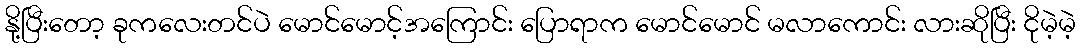
နို့ပြီးတော့ ခုကလေးတင်ပဲ မောင်မောင့်အကြောင်း ပြောရာက မောင်မောင် မလာကောင်း လားဆိုပြီး ငိုမဲ့မဲ့